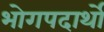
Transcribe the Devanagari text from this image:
भोगपदार्थो